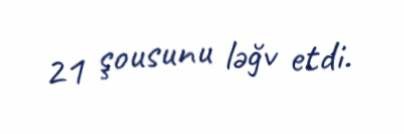
21 şousunu ləğv etdi.